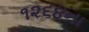
૧૨૬૪ના